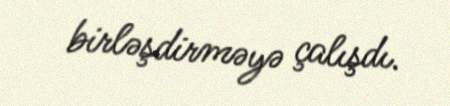
birləşdirməyə çalışdı.